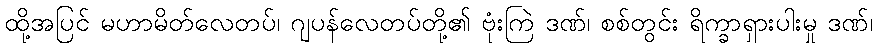
ထို့အပြင် မဟာမိတ်လေတပ်၊ ဂျပန်လေတပ်တို့၏ ဗုံးကြဲ ဒဏ်၊ စစ်တွင်း ရိက္ခာရှားပါးမှု ဒဏ်၊